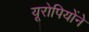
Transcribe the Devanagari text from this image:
यूरोपियोंने